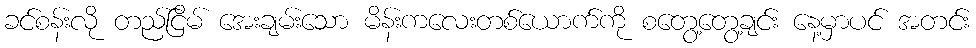
ခင်စန်းလို တည်ငြိမ် အေးချမ်းသော မိန်းကလေးတစ်ယောက်ကို စတွေ့တွေ့ချင်း နေ့မှာပင် အတင်း